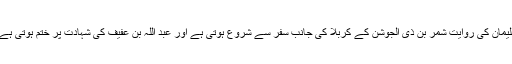
سلیمان کی روایت شمر بن ذی الجوشن کے کربلا کی جانب سفر سے شروع ہوتی ہے اور عبد اللہ بن عفیف کی شہادت پر ختم ہوتی ہے ۔